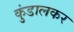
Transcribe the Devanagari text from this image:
कुंडालकर